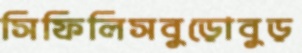
সিফিলিসবুড়োবুড়